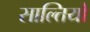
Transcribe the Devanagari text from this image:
साल्तियो